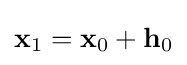
\mathbf {x} _{1}=\mathbf {x} _{0}+\mathbf {h} _{0}